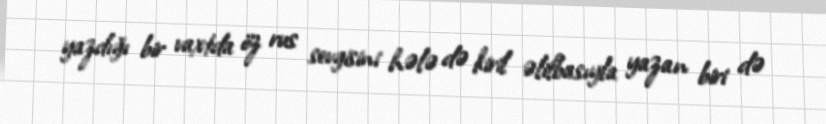
yazdığı bir vaxtda öz rus sevgisini hələ də kiril əlifbasıyla yazan biri də